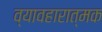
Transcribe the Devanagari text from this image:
व्यावहारात्मक